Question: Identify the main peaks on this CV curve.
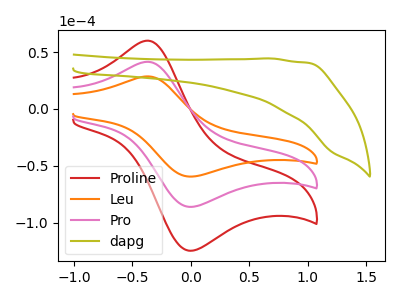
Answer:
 <answer>The red curve "Proline" has an anodic peak at (-0.35V, 83.05uA) and a cathodic peak at (0.00V, -172.20uA). The orange curve "Leu" has an anodic peak at (-0.35V, 28.70uA) and a cathodic peak at (0.00V, -59.45uA). The pink curve "Pro" has an anodic peak at (-0.35V, 41.55uA) and a cathodic peak at (0.00V, -86.10uA). The olive curve "dapg" has no peaks.</answer>
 <eval></eval>